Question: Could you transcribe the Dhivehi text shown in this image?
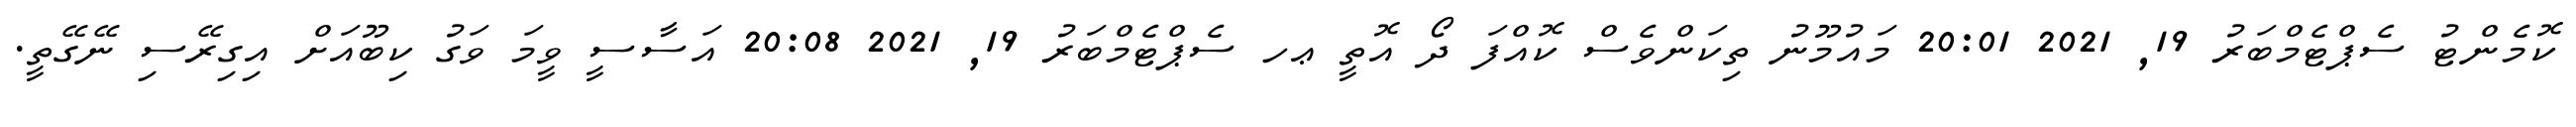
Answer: ކޮމެންޓު ސެޕްޓެމްބަރު 19, 2021 20:01 މައުމޫނު ތިކަންވެސް ކޮއްފަ ދޯ އޮތީ ޢހ ސެޕްޓެމްބަރު 19, 2021 20:08 އަސާސީ ވީމަ ވަގު ކިބޫއަށް އިގިރޭސި ނޭގޭތީ.